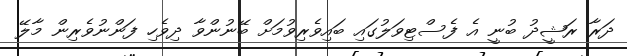
ދަރާ ރަޝީދު ބުނީ އެ ފެސްޓިވަލުގައި ބައިވެރިވުމަށް ބޭނުންވާ ދިވެހި ފަންނުވެރިން މާލޭ